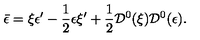
\bar { \epsilon } = \xi \epsilon ^ { \prime } - \frac { 1 } { 2 } \epsilon \xi ^ { \prime } + \frac { 1 } { 2 } { \cal D } ^ { 0 } ( \xi ) { \cal D } ^ { 0 } ( \epsilon ) .